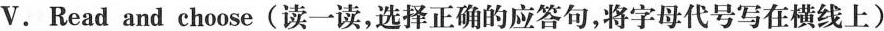
V. Read and choose（读一读，选择正确的应答句，将字母代号写在横线上）